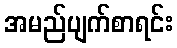
အမည်ပျက်စာရင်း